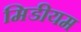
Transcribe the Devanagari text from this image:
मिडीयम